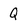
Character: Q